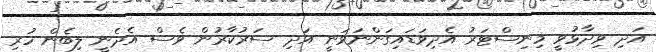
އަދި ވިދާޅުވީ މިނިސްޓަރު އެދިވަޑައިގަންނަވަނީ އަދި ސަރުކާރުން ވެސް އެދެނީ ލިބެން ހުރި